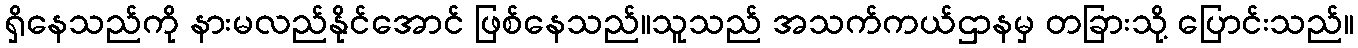
ရှိနေသည်ကို နားမလည်နိုင်အောင် ဖြစ်နေသည်။သူသည် အသက်ကယ်ဌာနမှ တခြားသို့ ပြောင်းသည်။